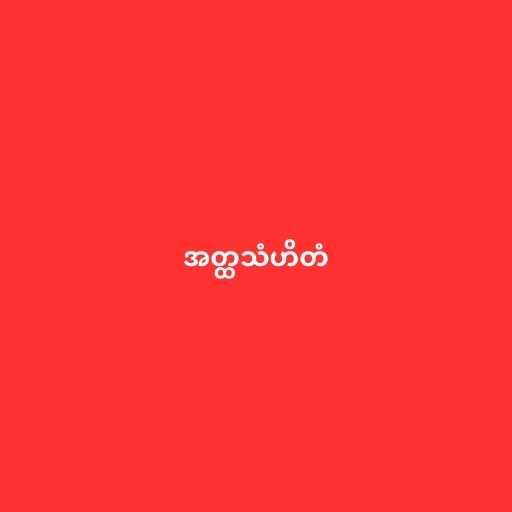
အတ္ထသံဟိတံ